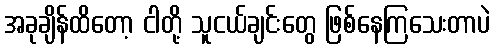
အခုချိန်ထိတော့ ငါတို့ သူငယ်ချင်းတွေ ဖြစ်နေကြသေးတာပဲ